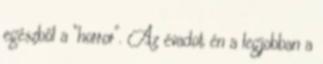
egészből a “horror”. Az évadot én a legjobban a